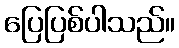
ပြေပြစ်ပါသည်။